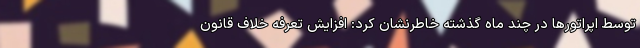
توسط اپراتورها در چند ماه گذشته خاطرنشان کرد: افزایش تعرفه خلاف قانون